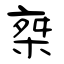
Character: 椉